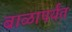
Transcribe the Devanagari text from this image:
बाळापर्यंत